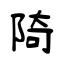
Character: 陭